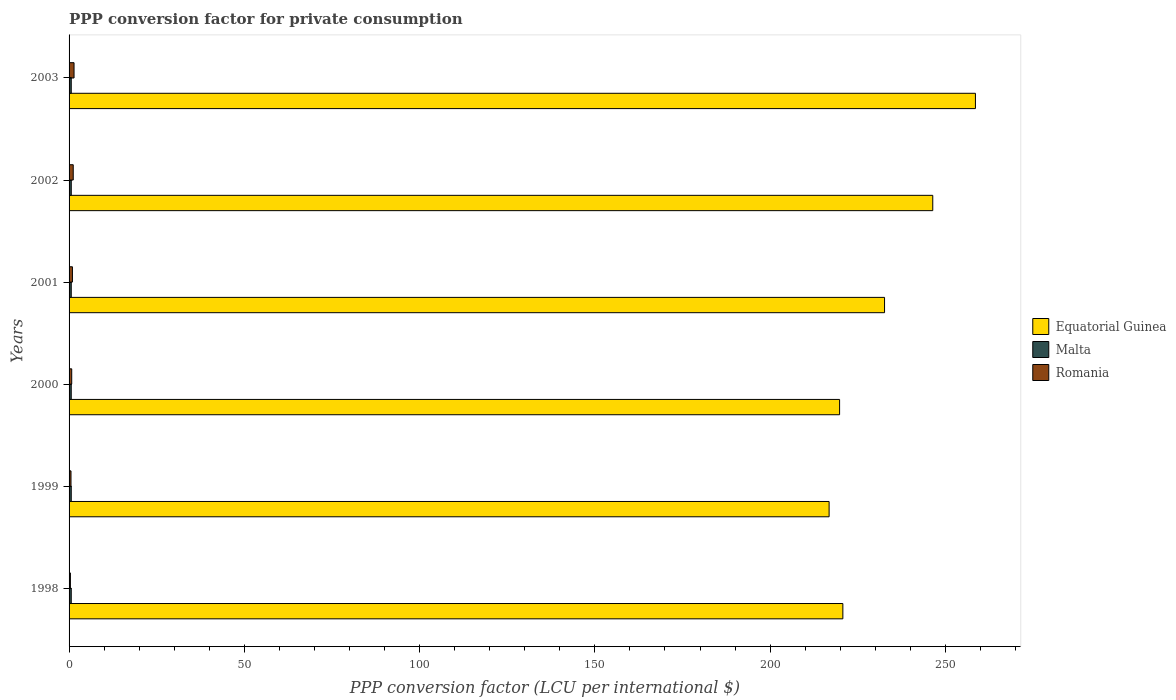
| Years | Equatorial Guinea | Malta | Romania |
 | --- | --- | --- | --- |
 | 1998 | 221 | 0.623 | 0.381 |
 | 1999 | 217 | 0.622 | 0.55 |
 | 2000 | 220 | 0.617 | 0.757 |
 | 2001 | 233 | 0.621 | 0.961 |
 | 2002 | 246 | 0.627 | 1.19 |
 | 2003 | 259 | 0.622 | 1.42 |